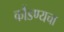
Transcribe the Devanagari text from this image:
कौंडण्यचा